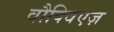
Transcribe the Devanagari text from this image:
वौक्विएज़